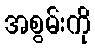
အစွမ်းကို